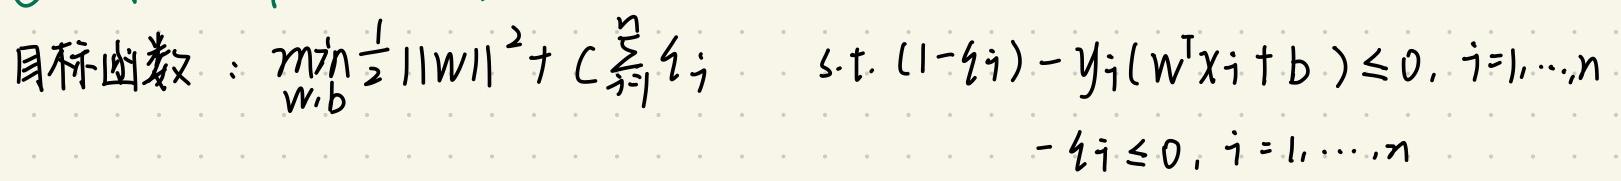
目标函数：$\min_{w,b} \frac{1}{2} \|w\|^2 + C \sum_{i=1}^{n} \xi_i \quad \text{s.t.} \ (1 - \xi_i) - y_i (w^T x_i + b) \leq 0, \ i = 1, \cdots, n \\ - \xi_i \leq 0, \ i = 1, \cdots, n$